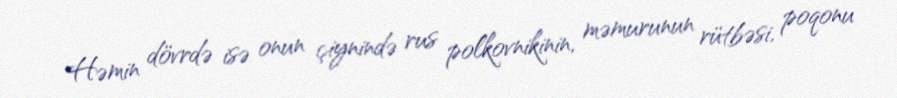
Həmin dövrdə isə onun çiynində rus polkovnikinin, məmurunun rütbəsi, poqonu